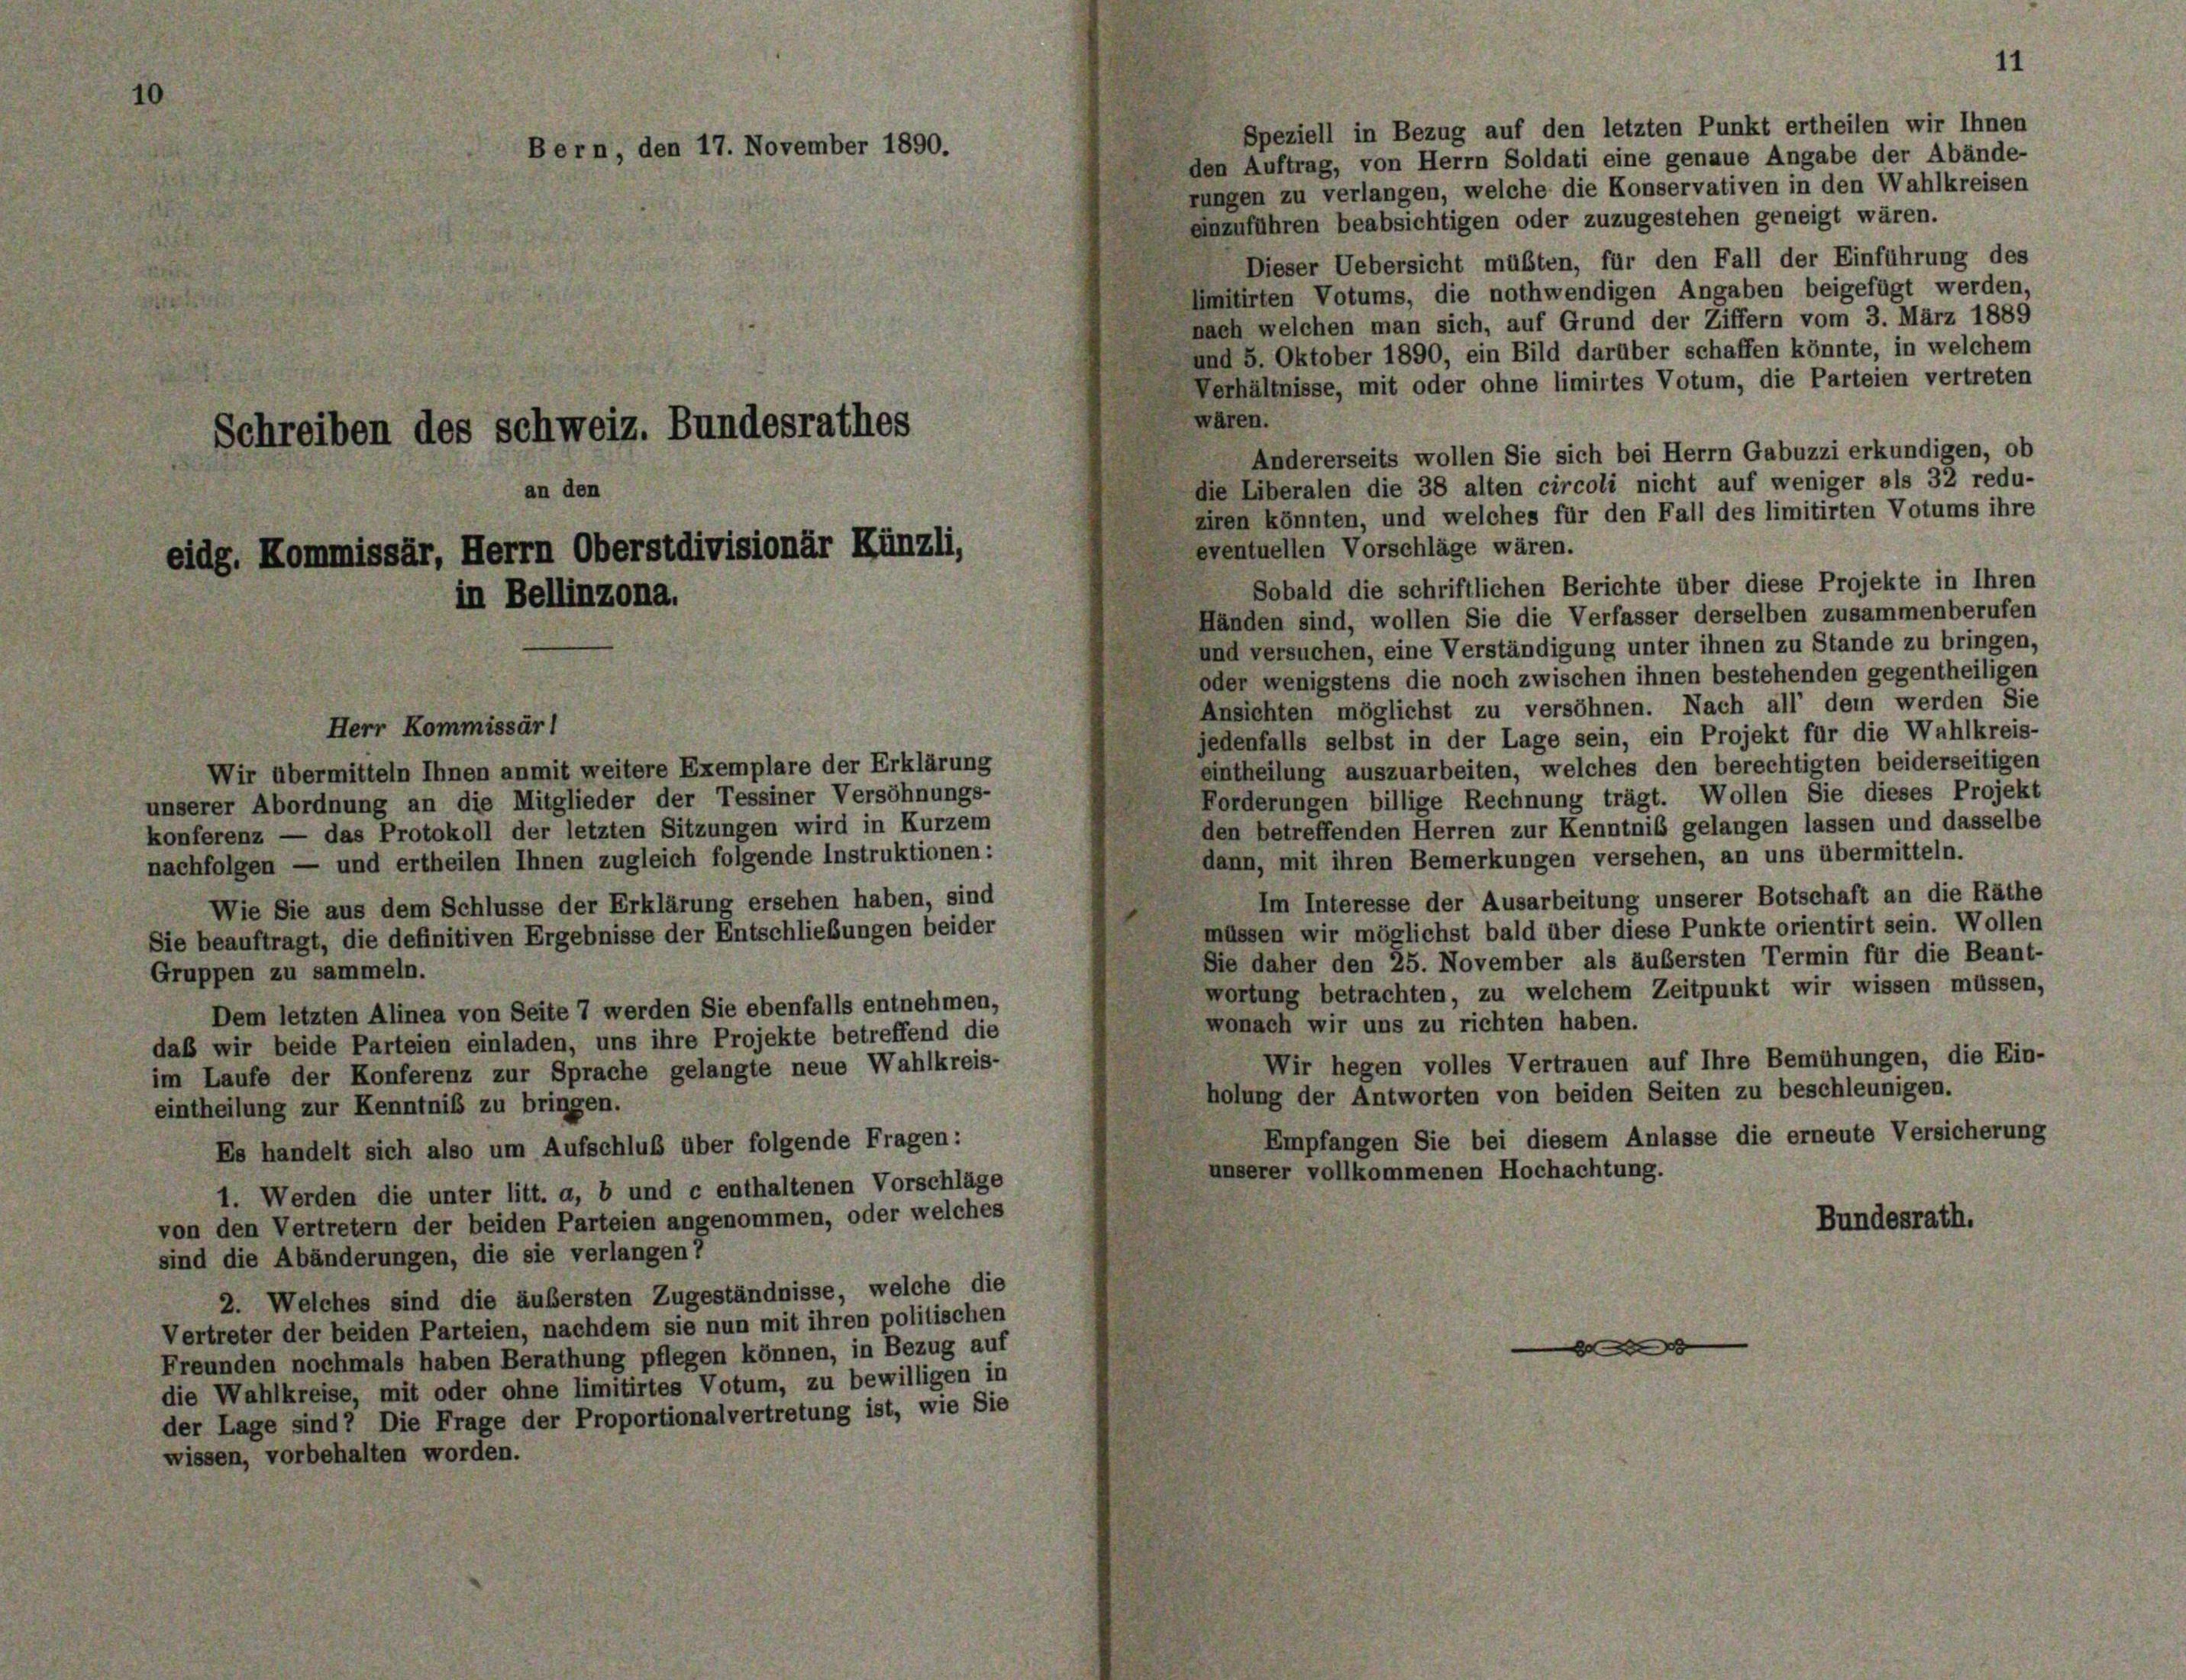
Speziell in Bezug auf den letzten Punkt ertheilen wir Ihnen
den Auftrag, von Herrn Soldati eine genaue Angabe der Abände-
rungen zu verlangen, welche die Konservativen in den Wahlkreisen
einzuführen beabsichtigen oder zuzugestehen geneigt wären.
Dieser Uebersicht müßten, für den Fall der Einführung des
bmitirten Votums, die nothwendigen Angaben beigefügt werden,
nach welchen man sich, auf Grund der Ziffern vom 3. März 1889
und 5. Oktober 1890, ein Bild darüber schaffen könnte, in welchem
Verhältnisse, mit oder ohne limirtes Votum, die Parteien vertreten
wären.
Andererseits wollen Sie sich bei Herrn Gabuzzi erkundigen, ob
die Liberalen die 38 alten circoli nicht auf weniger als 32 redu-
ziren könnten, und welches für den Fall des limitirten Votums ihre
eventuellen Vorschläge wären.
Sobald die schriftlichen Berichte über diese Projekte in Ihren
Händen sind, wollen Sie die Verfasser derselben zusammenberufen
und versuchen, eine Verständigung unter ihnen zu Stande zu bringen,
oder wenigstens die noch zwischen ihnen bestehenden gegentheiligen
Ansichten möglichst zu versöhnen. Nach all’ dem werden Sie
jedenfalls selbst in der Lage sein, ein Projekt für die Wahlkreis-
eintheilung auszuarbeiten, welches den berechtigten beiderseitigen
Wir übermitteln Ihnen anmit weitere Exemplare der Erklärung
Forderungen billige Rechnung trägt. Wollen Sie dieses Projekt
unserer Abordnung an die Mitglieder der Tessiner Versöhnungs-
den betreffenden Herren zur Kenntnis gelangen lassen und dasselbe
konferenz — das Protokoll der letzten Sitzungen wird in Kurzem
dann, mit ihren Bemerkungen versehen, an uns übermitteln.
nachfolgen — und ertheilen Ihnen zugleich folgende Instruktionen:
Im Interesse der Ausarbeitung unserer Botschaft an die Räthe
Wie Sie aus dem Schlüsse der Erklärung ersehen haben, sind
müssen wir möglichst bald über diese Punkte orientirt sein. Wollen
Sie beauftragt, die definitiven Ergebnisse der Entschließungen beider
Sie daher den 25. November als äubersten Termin für die Beant-
Gruppen zu sammeln.
wortung betrachten, zu welchem Zeitpunkt wir wissen müssen,
Dem letzten Alinea von Seite 7 werden Sie ebenfalls entnehmen,
wonach wir uns zu richten haben.
daß wir beide Parteien einladen, uns ihre Projekte betreffend die
Wir hegen volles Vertrauen auf Ihre Bemühungen, die Ein-
im Laufe der Konferenz zur Sprache gelangte neue Wahlkreis-
holung der Antworten von beiden Seiten zu beschleunigen.
eintheilung zur Kenntniß zu bringen.
Empfangen Sie bei diesem Anlasse die erneute Versicherung
Es handelt sich also um Aufschluß über folgende Fragen:
unserer vollkommenen Hochachtung.
1. Werden die unter litt. a, b und c enthaltenen Vorschläge
von den Vertretern der beiden Parteien angenommen, oder welches
Bundesrath.
sind die Abänderungen, die sie verlangen?
2. Welches sind die äußersten Zugeständnisse, welche die
Vertreter der beiden Parteien, nachdem sie nun mit ihren politischen
 f 0 x
Freunden nochmals haben Berathung pflegen können, in Bezug auf
die Wahlkreise, mit oder ohne limitirtes Votum, zu bewilligen in
der Lage sind? Die Frage der Proportionalvertretung ist, wie Sie
wissen, vorbehalten worden.

Schreiben des Schweiz. Bundesrathes
an den
eidg. Kommissär, Herrn Oberstdivisionär Künzli,
in Bellinzona.

Herr Kommissärl

Bern, den 17. November 1890.

11